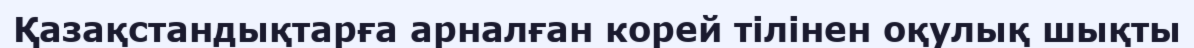
Қазақстандықтарға арналған корей тілінен оқулық шықты